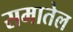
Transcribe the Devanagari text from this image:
समातेल